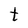
Character: t